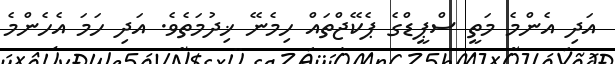
އަދި އެންމެ މަތީ ސްޕީޑްގެ ޕެކޭޖްތައް ހިމެނޭ ޚިދުމަތެވެ. އަދި ހަމަ އެހެންމެ